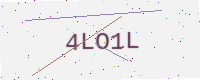
Text: 4LO1L